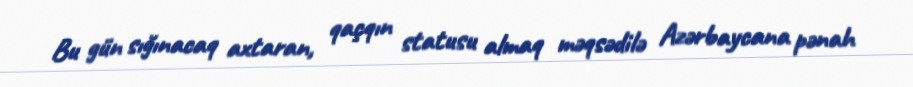
Bu gün sığınacaq axtaran, qaçqın statusu almaq məqsədilə Azərbaycana pənah